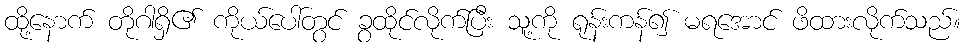
ထို့နောက် တိုဂါရှိ၏ ကိုယ်ပေါ်တွင် ခွထိုင်လိုက်ပြီး သူ့ကို ရုန်းကန်၍ မရအောင် ဖိထားလိုက်သည်။